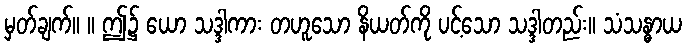
မှတ်ချက်။ ။ ဤ၌ ယော သဒ္ဒါကား တဟူသော နိယတ်ကို ပင့်သော သဒ္ဒါတည်း။ သံသန္ဓာယ